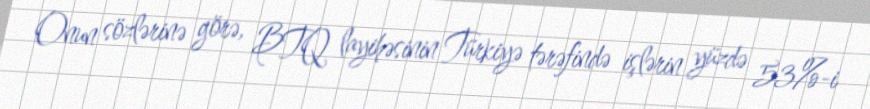
Onun sözlərinə görə, BTQ layihəsinin Türkiyə tərəfində işlərin yüzdə 53%-i